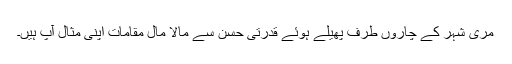
مری شہر کے چاروں طرف پھیلے ہوئے قدرتی حسن سے مالا مال مقامات اپنی مثال آپ ہیں۔